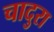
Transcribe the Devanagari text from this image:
चादुरा